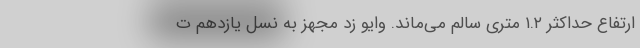
ارتفاع حداکثر ۱.۲ متری سالم می‌ماند. وایو زد مجهز به نسل یازدهم ت